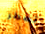
تضطر